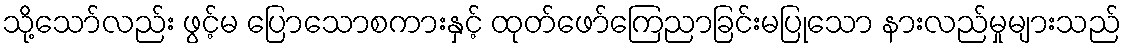
သို့သော်လည်း ဖွင့်မ ပြောသောစကားနှင့် ထုတ်ဖော်ကြေညာခြင်းမပြုသော နားလည်မှုများသည်